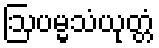
ဩပမ္မသံယုတ္တံ